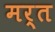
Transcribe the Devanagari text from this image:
मर्त